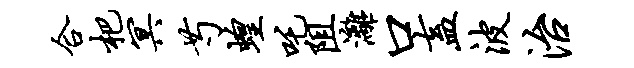
合杷冥芍蝗吒阻漓口盍波治